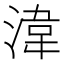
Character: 湋